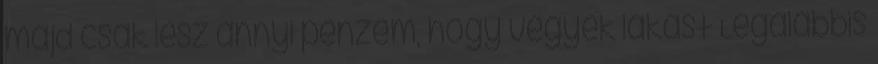
majd csak lesz annyi pénzem, hogy vegyek lakást Legalábbis